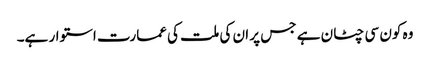
وہ کون سی چٹان ہے جس پر ان کی ملت کی عمارت استوار ہے۔